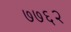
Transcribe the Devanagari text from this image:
७७६२